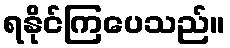
ရနိုင်ကြပေသည်။